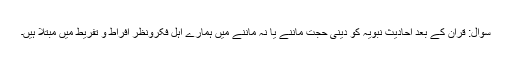
سوال: قرآن کے بعد احادیث نبویہ کو دینی حجت ماننے یا نہ ماننے میں ہمارے اہل فکرونظر افراط و تفریط میں مبتلا ہیں۔